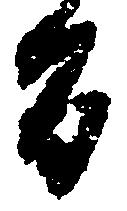
旨